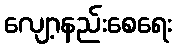
လျော့နည်းစေရေး